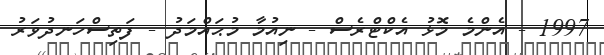
1997 - އެންމެ މޮޅު އެކްޓްރެސް - ނިއުމާ މުޙައްމަދު - ފަތިސްހަނދުވަރު